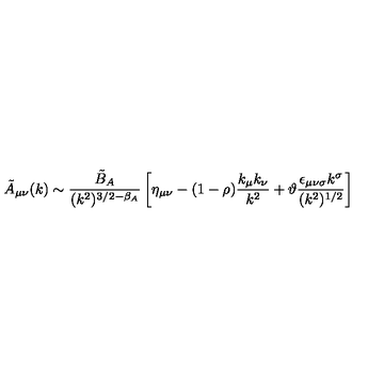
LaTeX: \tilde { A } _ { \mu \nu } ( k ) \sim \frac { \tilde { B } _ { A } } { ( k ^ { 2 } ) ^ { 3 / 2 - \beta _ { A } } } \left[ \eta _ { \mu \nu } - ( 1 - \rho ) \frac { k _ { \mu } k _ { \nu } } { k ^ { 2 } } + \vartheta \frac { \epsilon _ { \mu \nu \sigma } k ^ { \sigma } } { ( k ^ { 2 } ) ^ { 1 / 2 } } \right]